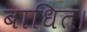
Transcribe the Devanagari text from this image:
बाधित।